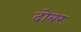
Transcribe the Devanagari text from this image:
दोबर